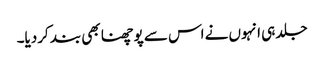
جلد ہی انہوں نے اس سے پوچھنا بھی بند کردیا۔